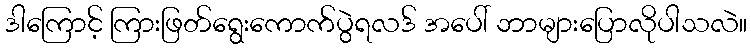
ဒါကြောင့် ကြားဖြတ်ရွေးကောက်ပွဲရလဒ် အပေါ် ဘာများပြောလိုပါသလဲ။